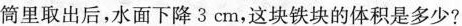
筒里取出后，水面下降3cm，这块铁块的体积是多少?